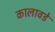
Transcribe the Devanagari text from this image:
कालावडे